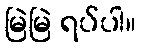
မြဲမြဲ ရပ်ပါ။